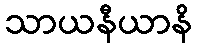
သာယနီယာနိ